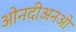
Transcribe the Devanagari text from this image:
ओनदीअनओ